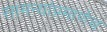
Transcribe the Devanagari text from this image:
सामन्यांप्रमाणेच